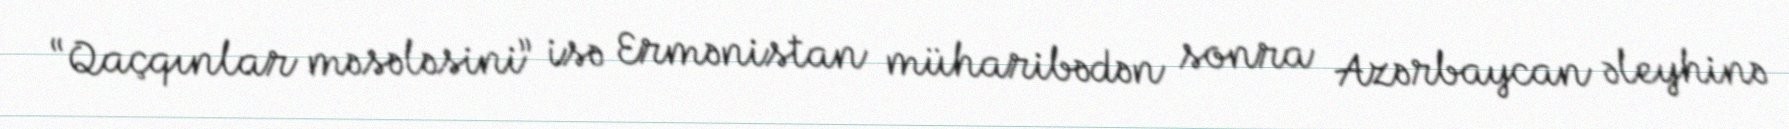
“Qaçqınlar məsələsini” isə Ermənistan müharibədən sonra Azərbaycan əleyhinə